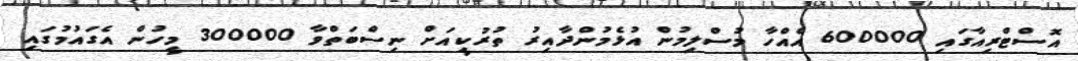
އޮސްޓްރިއާގައި 600000 އެއްހާ މުސްލިމުން އުޅެމުންދާއިރު ތުރުކީއަށް ނިސްބަތްވާ 300000 މީހުން އެގައުމުގައި